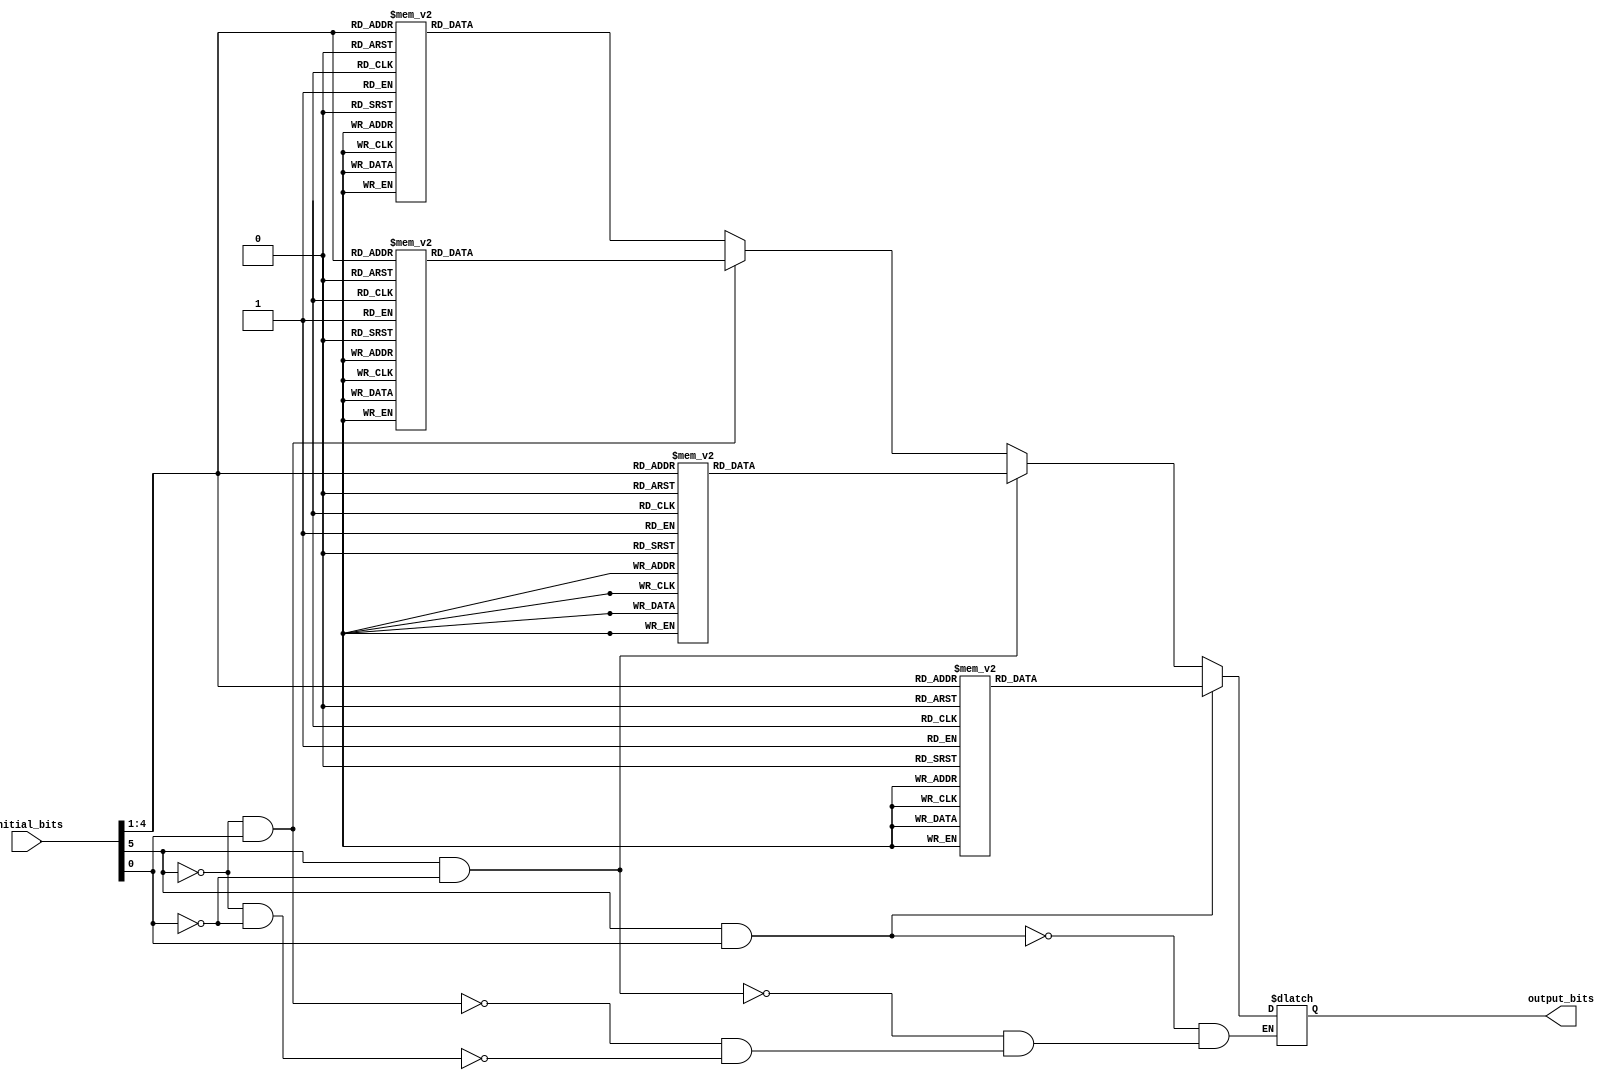
`timescale 1ns / 1ps

module S_block2(input [1:6] initial_bits, output reg [1:4] output_bits
    );
	 
always @(initial_bits)
begin
if(initial_bits[1] == 0 && initial_bits[6] == 0)
case (initial_bits[2:5])
	  4'b0000: output_bits <= 15;
	  4'b0001: output_bits <= 1;
	  4'b0010: output_bits <= 8;
	  4'b0011: output_bits <= 14;
	  4'b0100: output_bits <= 6;
	  4'b0101: output_bits <= 11;
	  4'b0110: output_bits <= 3;
	  4'b0111: output_bits <= 4;
	  4'b1000: output_bits <= 9;
	  4'b1001: output_bits <= 7;
	  4'b1010: output_bits <= 2; 
	  4'b1011: output_bits <= 13;
	  4'b1100: output_bits <= 12;
	  4'b1101: output_bits <= 0;
	  4'b1110: output_bits <= 5;
	  4'b1111: output_bits <= 10;
	  default: output_bits <= 4'b1111;
endcase	  

if(initial_bits[1] == 0 && initial_bits[6] == 1)
case (initial_bits[2:5])
	  4'b0000: output_bits <= 3;
	  4'b0001: output_bits <= 13;
	  4'b0010: output_bits <= 4;
	  4'b0011: output_bits <= 7;
	  4'b0100: output_bits <= 15;
	  4'b0101: output_bits <= 2;
	  4'b0110: output_bits <=8;
	  4'b0111: output_bits <= 14;
	  4'b1000: output_bits <= 12;
	  4'b1001: output_bits <= 0;
	  4'b1010: output_bits <= 1; 
	  4'b1011: output_bits <= 10;
	  4'b1100: output_bits <= 6;
	  4'b1101: output_bits <= 9;
	  4'b1110: output_bits <= 11;
	  4'b1111: output_bits <= 5;
	  default: output_bits <= 4'b1111;
endcase	  

if(initial_bits[1] == 1 && initial_bits[6] == 0)
case (initial_bits[2:5])
	  4'b0000: output_bits <= 0;
	  4'b0001: output_bits <= 14;
	  4'b0010: output_bits <= 7;
	  4'b0011: output_bits <= 11;
	  4'b0100: output_bits <= 10;
	  4'b0101: output_bits <= 4;
	  4'b0110: output_bits <=13;
	  4'b0111: output_bits <= 1;
	  4'b1000: output_bits <= 5;
	  4'b1001: output_bits <= 8;
	  4'b1010: output_bits <= 12; 
	  4'b1011: output_bits <= 6;
	  4'b1100: output_bits <= 9;
	  4'b1101: output_bits <= 3;
	  4'b1110: output_bits <= 2;
	  4'b1111: output_bits <= 15;
	  default: output_bits <= 4'b1111;
endcase	  

if(initial_bits[1] == 1 && initial_bits[6] == 1)
case (initial_bits[2:5])
	  4'b0000: output_bits <= 13;
	  4'b0001: output_bits <= 8;
	  4'b0010: output_bits <= 10;
	  4'b0011: output_bits <= 1;
	  4'b0100: output_bits <= 3;
	  4'b0101: output_bits <= 15;
	  4'b0110: output_bits <= 4;
	  4'b0111: output_bits <= 2;
	  4'b1000: output_bits <= 11;
	  4'b1001: output_bits <= 6;
	  4'b1010: output_bits <= 7; 
	  4'b1011: output_bits <= 12;
	  4'b1100: output_bits <= 0;
	  4'b1101: output_bits <= 5;
	  4'b1110: output_bits <= 14;
	  4'b1111: output_bits <= 9;
	  default: output_bits <= 4'b1111;
endcase	  
end




endmodule